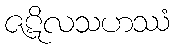
ဇဋိလသဟဿံ